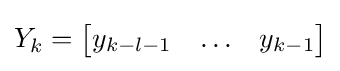
Y_{k}={\begin{bmatrix}y_{k-l-1}&\ldots &y_{k-1}\end{bmatrix}}